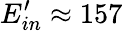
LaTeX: E_{in}^{\prime}\approx 157